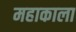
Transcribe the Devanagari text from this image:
महाकाला